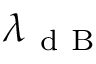
\lambda _ { \mathrm { ~ d ~ B ~ } }